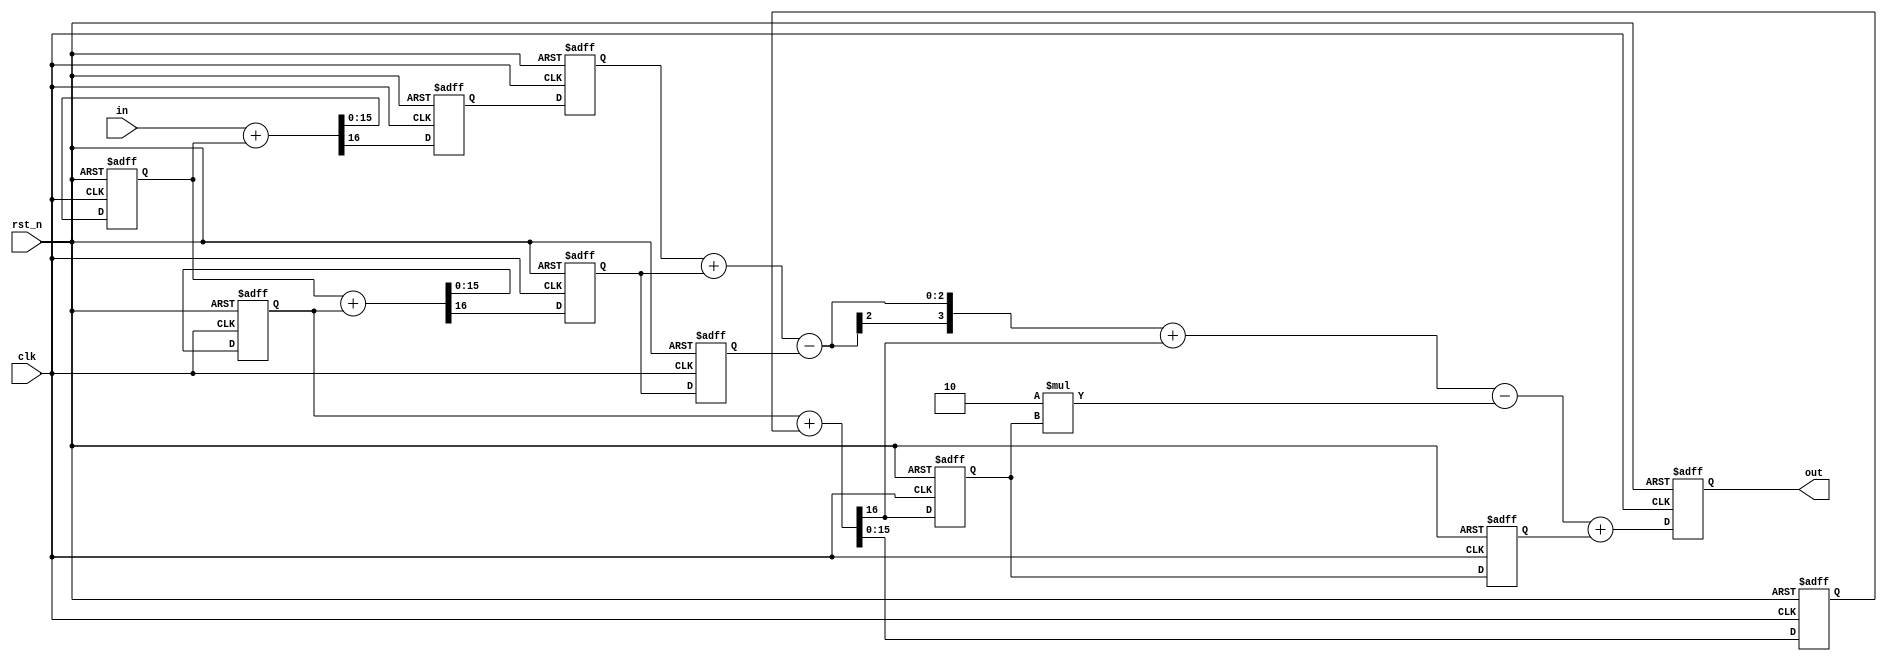
//(C) 2019 Ryan Lee Bunch
//A pipelined 1-1-1 MASH SDM
module mash_sdm
#(
parameter ACCUM_SIZE=16
)
(
input clk,
input rst_n,
input [ACCUM_SIZE-1:0] in,
output reg [3:0] out
);


reg [ACCUM_SIZE-1:0] accum1_reg;
reg [ACCUM_SIZE-1:0] accum2_reg;
reg [ACCUM_SIZE-1:0] accum3_reg;

wire [ACCUM_SIZE-1:0] accum1_sum;  
wire [ACCUM_SIZE-1:0] accum2_sum;
wire [ACCUM_SIZE-1:0] accum3_sum;

wire c1;
wire c2;
wire c3;

reg c1_z1;
reg c1_z2;
reg c2_z1;
reg c2_z2;
reg c3_z1;
reg c3_z2;

wire [3:0] seq_sum;

assign {c1,accum1_sum} = in+accum1_reg;
assign {c2,accum2_sum} = accum1_reg+accum2_reg;
assign {c3,accum3_sum} = accum2_reg+accum3_reg;

assign seq_sum = c1_z2+c2_z1-c2_z2+c3-2*c3_z1+c3_z2;


always @(posedge clk or negedge rst_n)
begin
  if(!rst_n)
  begin
    accum1_reg <= 0;  
    accum2_reg <= 0; 
    accum3_reg <= 0; 
    c1_z1      <= 0;
    c1_z2      <= 0;
    c2_z1      <= 0;
    c2_z2      <= 0;
    c3_z1      <= 0;
    c3_z2      <= 0;   
    out        <= 0; 
  end
  else
  begin
    accum1_reg <= accum1_sum;  
    accum2_reg <= accum2_sum; 
    accum3_reg <= accum3_sum; 
    c1_z1      <= c1;
    c1_z2      <= c1_z1;
    c2_z1      <= c2;
    c2_z2      <= c2_z1;
    c3_z1      <= c3;
    c3_z2      <= c3_z1;   
    out        <= seq_sum; 
  end
end



endmodule